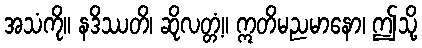
အသံကို။ နဒိဿတိ၊ ဆိုလတ္တံ့။ ဣတိမညမာနော၊ ဤသို့